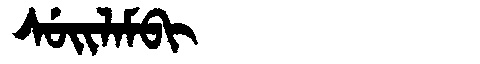
Manchu: ᠰᡠᡳᠯᠠᠮᠪᡳ
Romanization: SUILAMBI